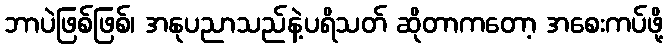
ဘာပဲဖြစ်ဖြစ်၊ အနုပညာသည်နဲ့ပရိသတ် ဆိုတာကတော့ အစေးကပ်ဖို့